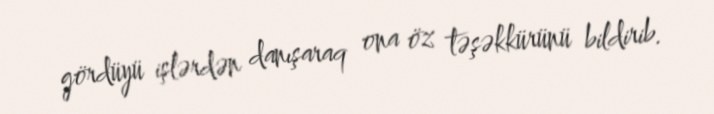
gördüyü işlərdən danışaraq ona öz təşəkkürünü bildirib.